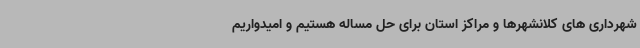
شهرداری های کلانشهرها و مراکز استان برای حل مساله هستیم و امیدواریم